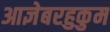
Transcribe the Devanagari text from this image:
आज्ञेबरहुकुम